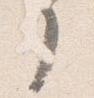
了